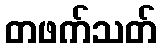
တဖက်သတ်